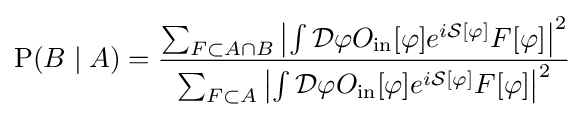
\operatorname {P} (B\mid A)={\frac {\sum _{F\subset A\cap B}\left|\int {\mathcal {D}}\varphi O_{\text{in}}[\varphi ]e^{i{\mathcal {S}}[\varphi ]}F[\varphi ]\right|^{2}}{\sum _{F\subset A}\left|\int {\mathcal {D}}\varphi O_{\text{in}}[\varphi ]e^{i{\mathcal {S}}[\varphi ]}F[\varphi ]\right|^{2}}}